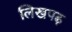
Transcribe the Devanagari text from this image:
लिखपढ़